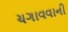
ચગાવવાની